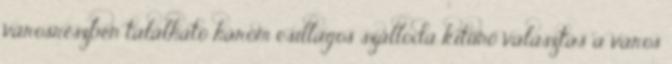
városrészben található három csillagos szálloda kitűnő választás a város